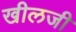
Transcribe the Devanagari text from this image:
खीलजी